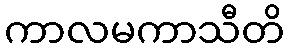
ကာလမကာသီတိ